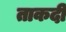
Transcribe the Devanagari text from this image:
ताकदी